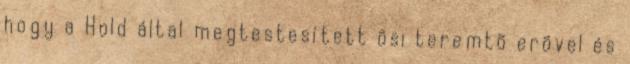
hogy a Hold által megtestesített õsi teremtõ erõvel és